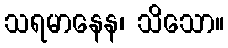
သရမာနေန၊ သိသော။